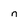
Character: n